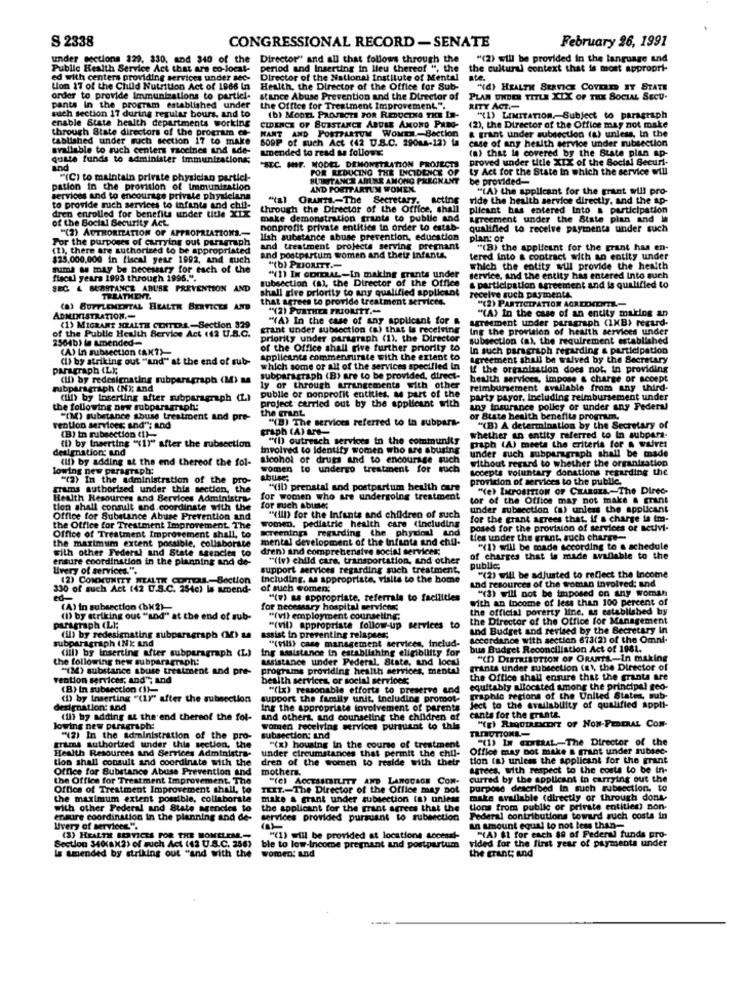
S 2338
CONGRESSIONAL RECORD -SENATE
February 26, 1991
under sections 329. 330, and 340 of the
Director" and all that follows through the
"(2) will be provided in the language and
Public Health Service Act that are co-locat-
period and Inserting in lieu thereof ", the
the cultural context that is most appropri-
ed with centers providing services under sec-
Director of the National Institute of Mental
ate.
tion 17 of the Child Nutrition Act of 1966 In
Health, the Director of the Office for Sub-
"(d) HEALTH SERVICE COVERED IT STATE
order to provide immunizations to partici-
stance Abuse Prevention and the Director of
PLAN UNDER TITLE XIX OF THE SOCIAL SECU.
pants In the program established under
the Office for Treatment Improvement.".
RITY ACT .-
such section 17 during regular bours, and to
enable State health departments working
(b) MonEL PROJECT FOR REDUCING THE IS-
"(L) LIMITATION, Subject to paragraph
through State directors of the program ct-
CIDENCE OF SUBSTANCE ABDER AMOND PREG-
HANT AND POSTPARTUM WOMEN-Section
(2), the Director of the Office may not make
tablished under such section 17 to make
609P of such Act (42 D.S.C. 29088-12) ta
& grant under subsection (a) unless, in the
available to such centers raccines and ade-
amended to read as follows:
case of any health service under subsection
(a) that is covered by the State plan ap-
quate funds to administer immunizations;
"SEC. HIF. MODEL DEMONSTRATION PROJECTS
proved under title XIX of the Social Becurl-
and
FOR REDUCING THE INCIDENCE OF
ty Act for the State in which the service will
"(C) to maintain prirste physician particl-
SUBSTANCE AMIRE AMONG PREGNANT
be provided-
pation in the provision of Immunization
AND FORTPARTUM WOMEN.
"(A) the applicant for the grant will pro-
services and to encourage private physicians
"(a) GRANTS .- The Secretary.
acting
vide the health service directly, and the ap-
dren enrolled for benefits under title Xix
to provide such services to infanta and chips
through the Director of the Office, shall
plicant has entered Into a participation
of the Social Security Act.
make demonstration grante to public and
agreement under the State plan and in
"(2) AUTHORIZATION OF APPROPRIATIONS .-
nonprofit private entities in order to estab-
qualified to receive payments under such
For the purposes of carrying out paragraph
lish substance abuse prevention, education
plan: or
(D), there are authorized to be appropriated
and treatment projects serving pregnant
"(B) the applicant for the grant has en-
$25,000,000 in fiscal year 1992, and such
and postpartum women and their infants.
tered into & contract with an entity under
fuma a may be necessary for each of the
"(b) PRIORITY .-
Which the entity will provide the health
fiscal years 1993 through 1996.".
subsection (a), the Director of the Office
"(1) IN GENERAL-In making grants under
service, and the entity has entered Into such
SEC 4 SUBSTANCE ABUSE PREVENTION AND
shall give priority to any qualified applicant
receive such paymenta.
& participation agreement and is qualified to
TREATHET.
that agrees to provide treatment services.
"(2) PARTICIPATION AGREEMENTE-
(a) BUTTLEMENTAL HEALTH SERVICES AND
"(2) PURTHEX PRIORITY."
"(A) In the case of an entity making an
ADMINISTRATION ,-
"(A) In the case of any applicant for &
agreement under paragraph (1KB) regard-
of the Public Health Service Act (12 U.S.C.
(1) MIGRANT HEALTH CENTERL-Section 329
grant under subsection (a) that is receiving
Ing the provision of health services under
2564b) le amended-
priority under paragraph (1), the Director
subsection (a), the requirement established
(A) In subsection (AN?)-
of the Office shall the further priority to
In such paragraph regarding & participation
(I) by striking out "and" at the end of sub-
applicants commensurste with the extent to
Agreement shall be walved by the Secretary
paragraph ILK;
which some or all of the services specified In
If the organisation does not. in providing
(ID) by redesignating rubparagraph (M) Me
subparagraph (B) are to be provided, direct-
health services, impose & charge or accept
rubparagraph (N); and
publle or nonprofit entities, as part of the
ly or through arrangements with other
reimbursement available from any third-
(il) by toserting after subparagraph (1)
project carried out by the applicant with
party payor, Including reimbursement under
the following new subparagraph:
the grant
any insurance polley or under any Federal
"(M) substance abuse treatment and pre-
"(B) The services referred to in subpara-
or Buste health benefits program.
rentlon services; and": and
graph (A) IT'S-
"(B) A determination by the Secretary of
(D) by Inserting "(1)" after the subsection
(B) In subsection (1) ..
"il) outreach services in the community
whether an entity referred to In subpara-
designation and
Involved to Identify women who are abusing
under such subparagraph shall be made
paph (A) meets the criteria for a waiver
(Il) by adding at the end thereof the fol-
sicohol of drugs and to encourage such
without regard to whether the organisation
lowing new paragraph:
women to undergo treatment for such
Accepts voluntary donations regarding the
"(2) In the administration of the pro-
abuse;
provision of services to the public.
grams authorized under this section, the
"(il) prenatal and postpartum health care
"(e) IMroBITton OF CHARGEs .- The Direc-
A-The Direc-
Health Resources and Services Administra-
for women who are undergoing treatment
tor of the Office may not make a grant
tion shall consult and.coordinate with the
for such abuse;
under subsection (a) unless the applicant
Office for Substance Abuse Prevention and
women. pediatric health care (including
"(IlD) for the Infants and children of such
for the grant agrees that, If a charge is tm-
the Office for Treatment Improvement. The
screenings regarding the physical and
posed for the provision of services or netivi-
Office of Treatment Improvement shall, to
the maximum extent possible. collaborate
mental development of the infante and chil-
ties under the grant, such charge-
with other Federal and State agencies to
dren) and comprehensive social services:
"(1) will be made according to a schedule
ensure coordination in the planning and de-
"(iv) child care, transportation, and other
of charges that is made available to the
Uvery of services.".
support services regarding such treatment,
public;
(2) COMMUNITY WEALTH COMERS .- Section
including. as appropriate, visits to the home
"(2) will be adjusted to reflect the Income
330 of such Act (42 U.S.C. 254c) la amend-
of such women;
and resources of the woman involved: and
"(3) will not be imposed on any woman
"(v) as appropriate, referrals to facilities
with an income of less than 100 percent of
(A) in subsection (bX2)
for necessary hospital services;
the official poverty line. as established by
(D) by striking out "and" at the end of sub-
"(vi) employment counseling;
the Director of the Office for Management
paragraph (L);
assist in preventing relapses;
"(vil) appropriate follow-up services to
and Budget and revised by the Becretary In
subparagraph (Nk; and
(il) by redesignating subparagraph (M) La
"(vill) case management services, inelud-
accordance with section 673(2) of the Omni-
(ill) by Inserting after subparagraph (L)
Ing assistance in establishing eligibility for
bus Budget Reconciliation Act of 1981.
the following new subparagraph:
assistance under Federal, State, and local
"(D) DISTRIBUTION OF ORANTE-In making
"(M) substance abuse treatment and pre-
programs providing health services, mental
grants under subsection (s), the Director of
vention services, and"; and
besith services, or social services;
the Office shall ensure that the granta are
(B) In subsection (1)-
"(Ix) reasonable efforts to preserve and
equitably allocated among the principal geo-
(D) by Inserting "(LY" after the subsection
support the family unit, Including promot-
graphic regions of the United States, sub-
eximnation: and
Ing the appropriate involvement of parents
Ject to the availability of qualified appli-
(il) by adding at the end thereof the fol-
and others, and counseling the children of
canta for the grants.
"(g) REQUIREMENT OF NON-FEDERAL COM-
lowing new paragraph:
Women receiving services pursuant to this
"(2) In the administration of the pro-
subsection: ind
"(1) Ix CExtRAL-The Director of the
grims authorized under this section, the
Health Resources and Services Administra-
under circumstances that permit the chil-
"(x) housing in the course of treatment
Office may not make a grant under subsec-
tion shall consult and coordinate with the
dren of the women to realde with their
tion (a) unless the applicant for the grant
Office for Substance Abuse Prevention and
mothers.
agrees, with respect to the costs to be in-
the Office for Treatment Improvement. The
"(c) ACCESSIBILITY AND LANGUAGE CON-
curred by the applicant in carrying out the
Office of Treatment Improvement shall, to
ILIT .- The Director of the Office may not
purpose described In such subsection. to
the maximum extent possible, collaborate
make a grant under subsection (a) unless
make available (directly or through dons-
with other Federal and State agencies to
the applicant for the grant agrees that the
tions from public or private entities) non-
ination in the planning and de-
services provided pursuant to subsection
Federal contributions toward such costs in
Uvery of services.".
an amount equal to not less than-
(3) HEALTH SERVICES FOR THE MOMELER-
"(1) will be provided at locations socessi-
vided for the first year of payments under
"(A) 61 for each $9 of Federal funds pro-
is amended by striking out "and with the
kax2) of such Act (42 U.S.C. 256)
women: and
ble to low-Income pregnant and postpartum
the grant; and